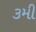
૩મી